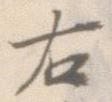
右